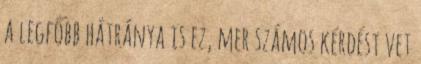
a legfőbb hátránya is ez, mer számos kérdést vet